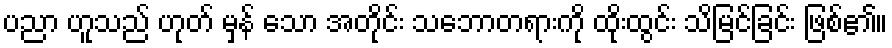
ပညာ ဟူသည် ဟုတ် မှန် သော အတိုင်း သဘောတရားကို ထိုးထွင်း သိမြင်ခြင်း ဖြစ်၏။